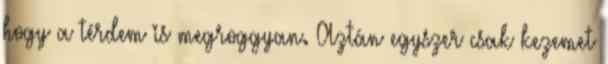
hogy a térdem is megroggyan. Aztán egyszer csak kezemet